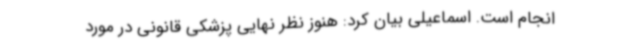
انجام است. اسماعیلی بیان کرد: هنوز نظر نهایی پزشکی قانونی در مورد